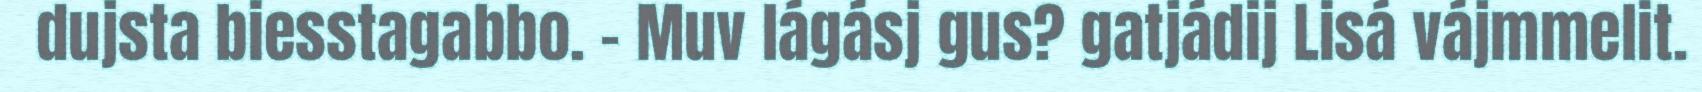
dujsta biesstagabbo. – Muv lágásj gus? gatjádij Lisá vájmmelit.